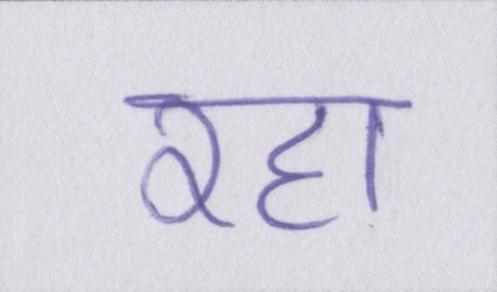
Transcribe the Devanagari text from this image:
रहा